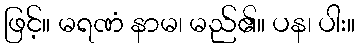
ဖြင့်။ မရဏံ နာမ၊ မည်၏။ ပန၊ ပါး။